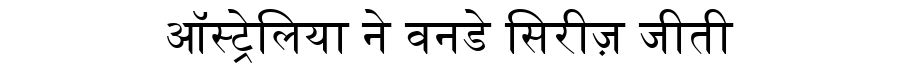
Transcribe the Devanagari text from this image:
ऑस्ट्रेलिया ने वनडे सिरीज़ जीती